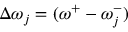
\Delta \omega _ { j } = ( \omega ^ { + } - \omega _ { j } ^ { - } )